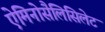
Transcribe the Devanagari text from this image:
ऐमिनोसैलिसिलेट